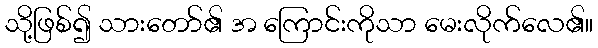
သို့ဖြစ်၍ သားတော်၏ အ ကြောင်းကိုသာ မေးလိုက်လေ၏။